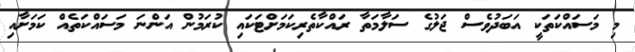
މި މަސައްކަތަކީ އަބަދުވެސް ޖަލުގެ ސަލާމަތާ ރައްކާތެރިކަމަށްޓަކައި ކުރަމުން އަންނަ މަސައްކަތެއް ކަމަށާއި